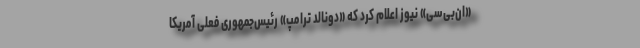
«ان‌بی‌سی» نیوز اعلام کرد که «دونالد ترامپ» رئیس‌جمهوری فعلی آمریکا